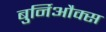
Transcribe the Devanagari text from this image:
बुर्निऔक्स